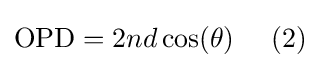
{\text{OPD}}=2nd\,{\text{cos}}(\theta )\,\,\,\,\,\,\,\,(2)